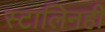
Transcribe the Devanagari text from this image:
स्टालिनही